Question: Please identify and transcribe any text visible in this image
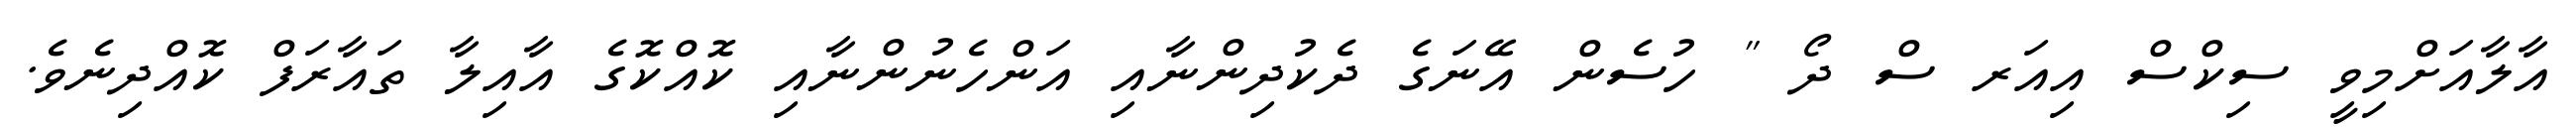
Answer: އާލާއަށްމިވީ ސިކްސް އިއަރ ސް ދޯ " ހުސެން އޭނަގެ ދެކުދިންނާއި އަންހެނުންނާއި ކޮއްކޮގެ އާއިލާ ތައާރަފް ކޮއްދިނެވެ.